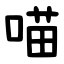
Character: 喵